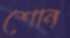
শোন্